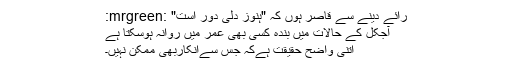
رائے دینے سے قاصر ہوں کہ "ہنوز دلی دور است" :mrgreen:
آجکل کے حالات میں بندہ کسی بھی عمر میں روانہ ہوسکتا ہے
اتنی واضح حقیقت ہےکہ جس سےانکاربھی ممکن نہیں۔